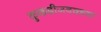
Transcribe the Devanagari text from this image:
कुकडीजवळ्च्या